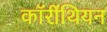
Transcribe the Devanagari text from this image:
कॉरींथियन